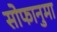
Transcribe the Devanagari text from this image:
सोफानुमा